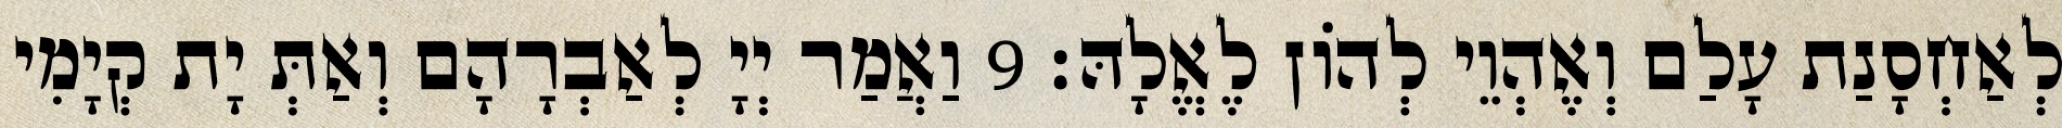
לְאַחְסָנַת עָלַם וְאֶהְוֵי לְהוֹן לֶאֱלָהּ׃ 9 וַאֲמַר יְיָ לְאַבְרָהָם וְאַתְּ יָת קְיָמִי